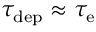
\tau _ { \mathrm { d e p } } \approx \tau _ { \mathrm { e } }